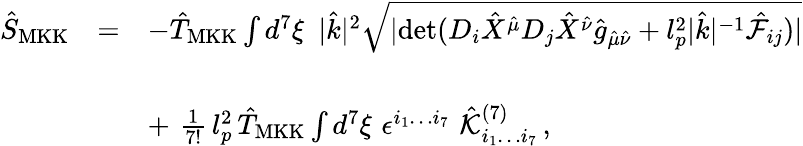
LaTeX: \begin{array}{rcl}{{{\hat{S}}_{\mathrm{MKK}}}}&{{=}}&{{-{\hat{T}}_{\mathrm{MKK}}\int d^{7}\xi\, \, \, |{\hat{k}}|^{2}\sqrt{|\mathrm{det}(D_{i}{\hat{X}}^{{\hat{\mu}}}D_{j}{\hat{X}}^{{\hat{\nu}}}{\hat{g}}_{{\hat{\mu}}{\hat{\nu}}}+l_{p}^{2}|{\hat{k}}|^{-1}{\hat{\cal F}_{ij}})|}}}\\ {{}}&{{}}&{{}}\\ {{}}&{{}}&{{+\, \, {\frac{1}{7!}}\, l_{p}^{2}\, {\hat{T}}_{\mathrm{MKK}}\int d^{7}\xi\, \, \epsilon^{i_{1}\dots i_{7}}\, \, {\hat{\cal K}}_{i_{1}\dots i_{7}}^{(7)}\, ,}}\end{array}